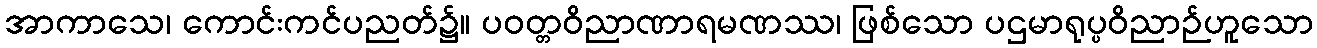
အာကာသေ၊ ကောင်းကင်ပညတ်၌။ ပဝတ္တဝိညာဏာရမဏဿ၊ ဖြစ်သော ပဌမာရုပ္ပဝိညာဉ်ဟူသော